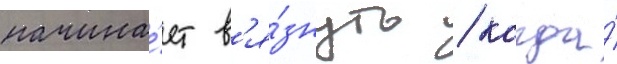
начина́ет в'я́знуть / когда́